EKP_Harju_Rajoonikomitee, lk 4
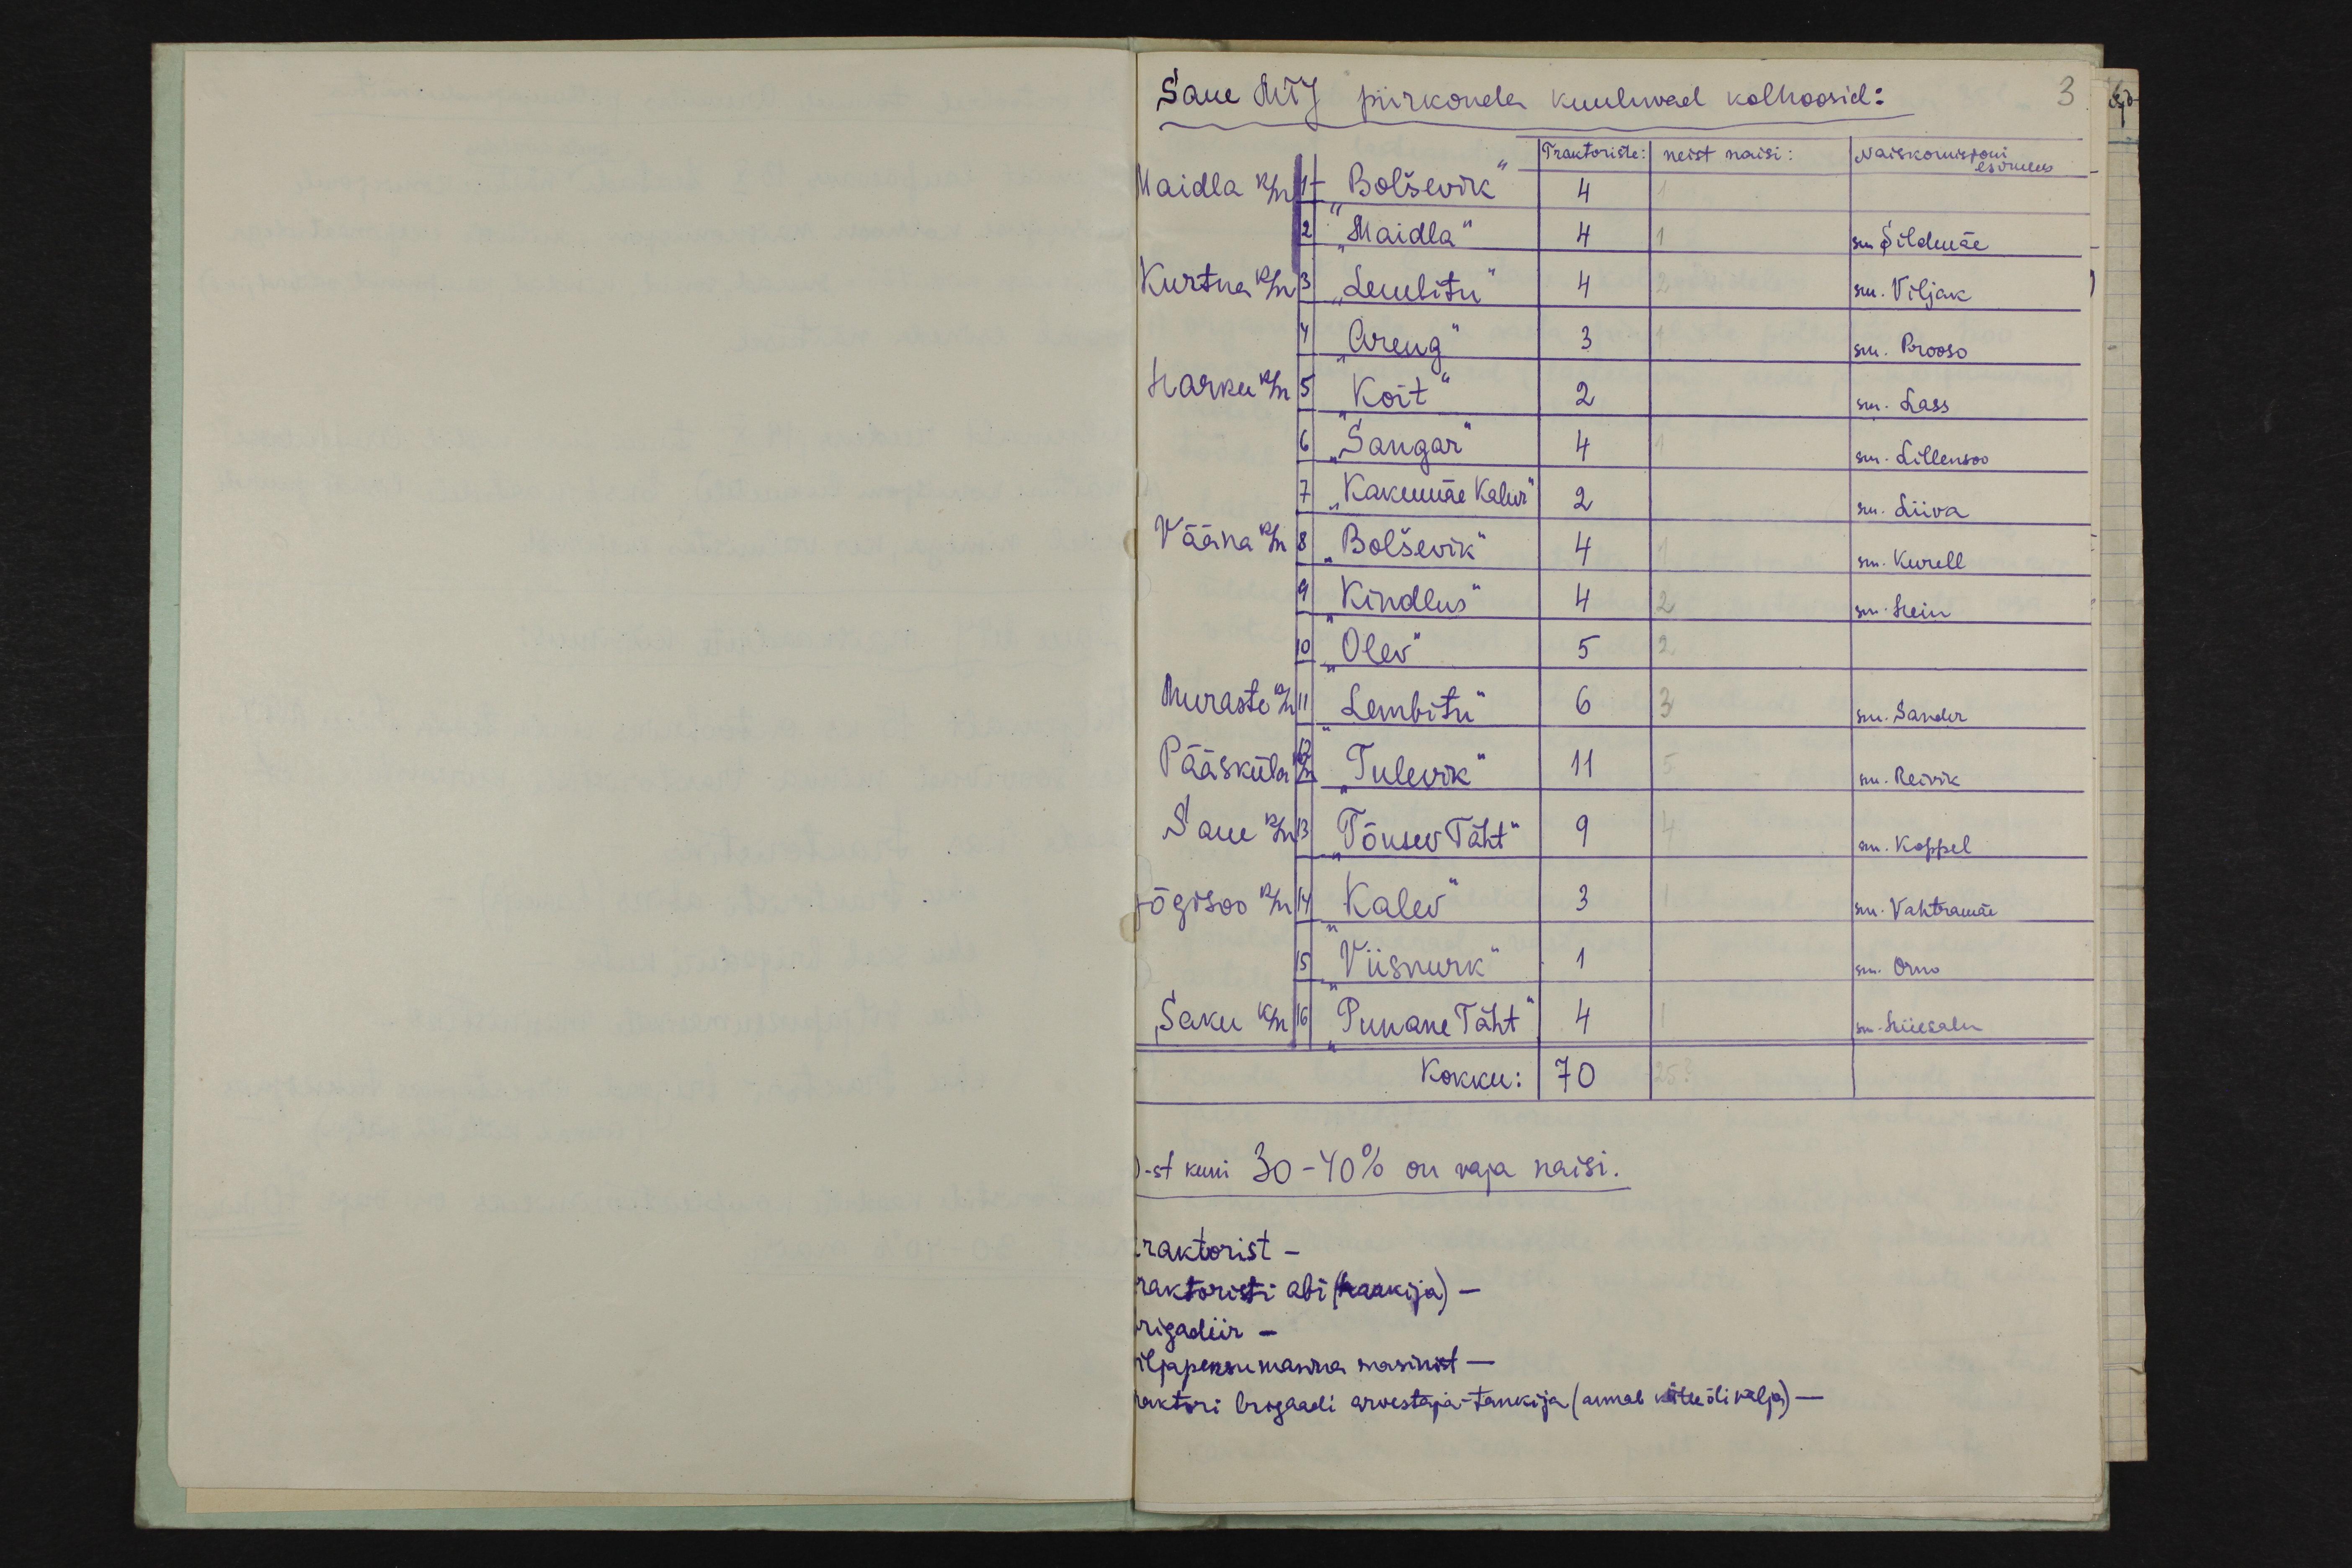
Saue MTJpiirkonda kuuluvad kolhoosid:
3
Traktoriste: neist naisi: Naiskomisjoni esimees
Maidla k/n 1 "Bolševik" 4 1
2 "Maidla" 4 1 sm Sildmäe
Kurtna k/n 3 "Lembitu" 4 2 sm. Viljak
4 "Areng" 3 1 sm. Prooso
Harku k/n 5 "Koit" 2 sm. Lass
6 „Sangar" 4 1 sm. Lillensoo
7 "Kakumäe Kalur" 2 sm. Liiva
Vääna k/n 8 "Bolševik" 4 1 sm. Kurell
9 "Kindlus" 4 2 sm. Hein
10 "Olev" 5 2
Muraste k/n 11 "Lembitu" 6 3 sm. Sander
Pääsküla k/n 12 "Tulevik"  11 5 sm. Reinik
Saue k/n 13 "Tõusev Täht" 9 4 sm. Koppel
Jõgisoo k/n 14 "Kalev" 3 1 sm. Vahtramäe.
15 "Viisnurk" 1 sm. Orro
Saku k/n 16 "Punane Täht" 4 1 sm. Hiiesalu
Kokku: 70 25
-st kuni 30-40% on vaja naisi.
traktorist -
traktoristi abi (haakija) -
brigadiir -
viljapeksumasina masinist -
traktori brigaadi arvestaja-tankija (annab kütteõli välja)